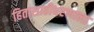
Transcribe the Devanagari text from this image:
हितासाठीधरणाला